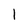
Character: 1